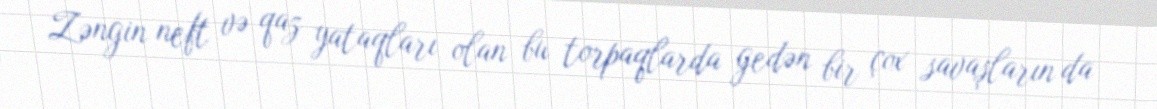
Zəngin neft və qaz yataqları olan bu torpaqlarda gedən bir çox savaşların da